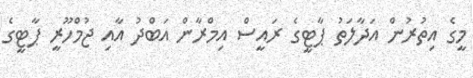
މީގެ އިތުރުން އަދާލަތު ޕާޓީގެ ރައީސް އިމްރާން އަބްދު އާއި ޖުމްހޫރީ ޕާޓީގެ